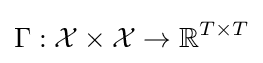
\Gamma :{\mathcal {X}}\times {\mathcal {X}}\rightarrow \mathbb {R} ^{T\times T}